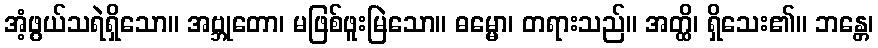
အံ့ဖွယ်သရဲရှိသော။ အဗ္ဘုတော၊ မဖြစ်ဖူးမြဲသော။ ဓမ္မော၊ တရားသည်။ အတ္ထိ၊ ရှိသေး၏။ ဘန္တေ၊